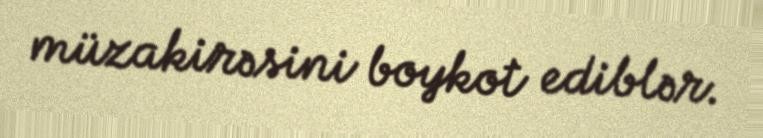
müzakirəsini boykot ediblər.